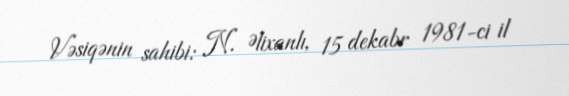
Vəsiqənin sahibi: N. Əlixanlı, 15 dekabr 1981-ci il